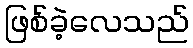
ဖြစ်ခဲ့လေသည်